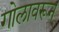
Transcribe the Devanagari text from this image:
गोलावरून